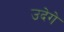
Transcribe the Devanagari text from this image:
उदेगे